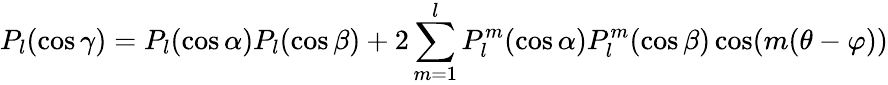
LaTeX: P_{l}(\cos\gamma)=P_{l}(\cos\alpha)P_{l}(\cos\beta)+2\sum_{m=1}^{l}P_{l}^{m}(\cos\alpha)P_{l}^{m}(\cos\beta)\cos(m(\theta-\varphi))